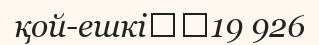
қой-ешкі		19 926